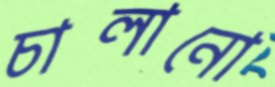
চালানো